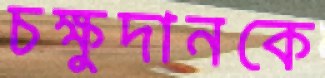
চক্ষুদানকে